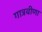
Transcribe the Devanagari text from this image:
गात्रवीणा